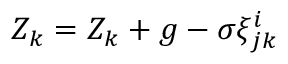
Z _ { k } = Z _ { k } + g - \sigma \xi _ { j k } ^ { i }